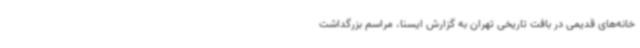
خانه‌های قدیمی در بافت تاریخی تهران به گزارش ایسنا، مراسم بزرگداشت